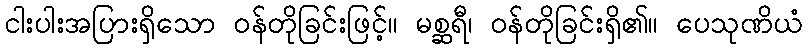
ငါးပါးအပြားရှိသော ဝန်တိုခြင်းဖြင့်။ မစ္ဆရီ၊ ဝန်တိုခြင်းရှိ၏။ ပေသုဏိယံ